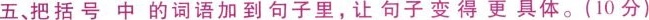
五、把括号中的词语加到句子里，让句子变得更具体。(10分)